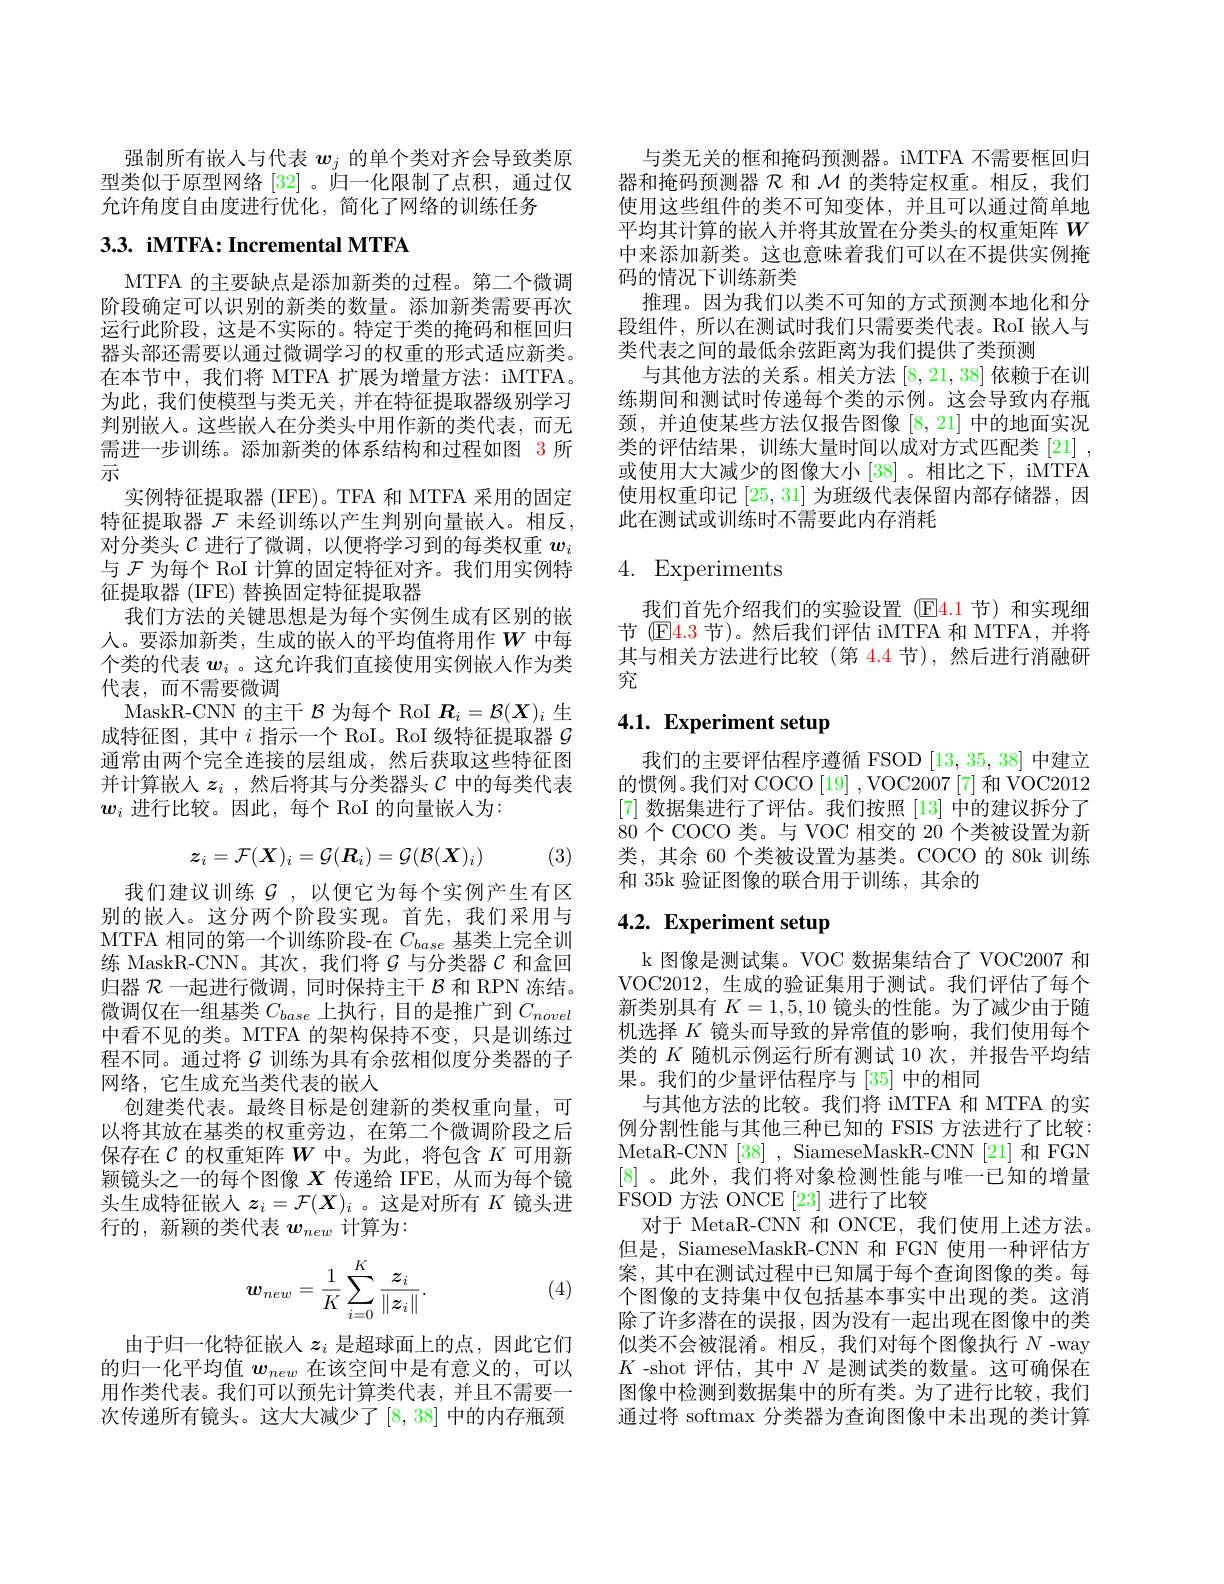
强制所有嵌入与代表$w_j$的单个类对齐会导致类原型类似于原型网络[32] 。归一化限制了点积，通过仅允许角度自由度进行优化，简化了网络的训练任务

# 3.3. iMTFA: Incremental MTFA

MTFA 的主要缺点是添加新类的过程。第二个微调阶段确定可以识别的新类的数量。添加新类需要再次运行此阶段，这是不实际的。特定于类的掩码和框回归器头部还需要以通过微调学习的权重的形式适应新类。在本节中，我们将 MTFA 扩展为增量方法：iMTFA。为此，我们使模型与类无关，并在特征提取器级别学习判别嵌人。这些嵌入在分类头中用作新的类代表，而无需进一步训练。添加新类的体系结构和过程如图 3 所示
实例特征提取器 (IFE)。TFA 和 MTFA 采用的固定特征提取器 $\mathcal{F}$ 未经训练以产生判别向量嵌人。相反， 对分类头$\mathcal{C}$进行了微调，以便将学习到的每类权重$w_i$ 与$\mathcal{F}$为每个 RoI 计算的固定特征对齐。我们用实例特征提取器 (IFE) 替换固定特征提取器
我们方法的关键思想是为每个实例生成有区别的嵌人。要添加新类，生成的嵌人的平均值将用作$W$中每个类的代表$w_i$ 。这允许我们直接使用实例嵌人作为类代表，而不需要微调
MaskR-CNN 的主干$\mathcal{B}$为每个 RoI $\boldsymbol{R}_i=\mathcal{B}(\boldsymbol{X})_i$生成特征图，其中$i$指示一个 RoI。RoI 级特征提取器$\mathcal{G}$ 通常由两个完全连接的层组成，然后获取这些特征图并计算嵌入$z_i$ ,然后将其与分类器头$\mathcal{C}$中的每类代表$\boldsymbol{w}_i$进行比较。因此，每个 RoI 的向量嵌人为：
$$\boldsymbol{z}_i=\mathcal{F}(\boldsymbol{X})_i=\mathcal{G}(\boldsymbol{R}_i)=\mathcal{G}(\mathcal{B}(\boldsymbol{X})_i)$$
(3)

我们建议训练$\mathcal{G}$,以便它为每个实例产生有区别的嵌人。这分两个阶段实现。首先，我们采用与MTFA 相同的第一个训练阶段-在$C_{base}$基类上完全训练 MaskR-CNN。其次，我们将$\mathcal{G}$与分类器$\mathcal{C}$和盒回归器$\mathcal{R}$一起进行微调，同时保持主干$\mathcal{B}$和 RPN 冻结。微调仅在一组基类$C_base$上执行，目的是推广到$C_novel$ 中看不见的类。MTFA 的架构保持不变，只是训练过程不同。通过将$\mathcal{G}$训练为具有余弦相似度分类器的子网络，它生成充当类代表的嵌人
创建类代表。最终目标是创建新的类权重向量，可以将其放在基类的权重旁边，在第二个微调阶段之后保存在$\mathcal{C}$的权重矩阵$W$中。为此，将包含$K$可用新颖镜头之一的每个图像$X$传递给 IFE,从而为每个镜头生成特征嵌人$z_i=\mathcal{F}(X)_i$ 。这是对所有$K$镜头进行的，新颖的类代表$w_{new}$计算为：
$$w_{new}=\frac{1}{K}\sum_{i=0}^{K}\frac{z_{i}}{\|z_{i}\|}.$$
(4)

由于归一化特征嵌入$z_i$是超球面上的点，因此它们的归一化平均值$w_{new}$在该空间中是有意义的，可以用作类代表。我们可以预先计算类代表，并且不需要一次传递所有镜头。这大大减少了[8,38]中的内存瓶颈

与类无关的框和掩码预测器。iMTFA 不需要框回归器和掩码预测器$\mathcal{R}$和$\mathcal{M}$的类特定权重。相反，我们使用这些组件的类不可知变体，并且可以通过简单地平均其计算的嵌人并将其放置在分类头的权重矩阵$W$ 中来添加新类。这也意味着我们可以在不提供实例掩码的情况下训练新类
推理。因为我们以类不可知的方式预测本地化和分段组件，所以在测试时我们只需要类代表。RoI 嵌入与类代表之间的最低余弦距离为我们提供了类预测
与其他方法的关系。相关方法[8,21,38]依赖于在训练期间和测试时传递每个类的示例。这会导致内存瓶颈，并迫使某些方法仅报告图像[8,21]中的地面实况类的评估结果，训练大量时间以成对方式匹配类[21] , 或使用大大减少的图像大小[38]。相比之下，iMTFA 使用权重印记[25,31]为班级代表保留内部存储器，因此在测试或训练时不需要此内存消耗

# 4. Experiments

我们首先介绍我们的实验设置 (E4.1 节)和实现细节 (E4.3 节)。然后我们评估 iMTFA 和 MTFA, 并将其与相关方法进行比较(第 4.4 节),然后进行消融研究

# 4.1. Experiment setup

我们的主要评估程序遵循 FSOD [13,35,38]中建立的惯例。我们对 COCO[19] ,VOC2007 [7] 和 VOC2012 [7]数据集进行了评估。我们按照[13]中的建议拆分了80个 COCO 类。与 VOC 相交的 20 个类被设置为新类，其余 60 个类被设置为基类。COCO 的 80k 训练和 35k 验证图像的联合用于训练，其余的

# 4.2. Experiment setup

k 图像是测试集。VOC 数据集结合了 VOC2007 和VOC2012, 生成的验证集用于测试。我们评估了每个新类别具有$K=1,5,10$镜头的性能。为了减少由于随机选择$K$镜头而导致的异常值的影响，我们使用每个类的$K$随机示例运行所有测试 10 次，并报告平均结果。我们的少量评估程序与[35]中的相同
与其他方法的比较。我们将 iMTFA 和 MTFA 的实例分割性能与其他三种已知的 FSIS 方法进行了比较： MetaR-CNN [38] , SiameseMaskR-CNN [21] 和 FGN [8] 。此外，我们将对象检测性能与唯一已知的增量FSOD 方法 ONCE [23]进行了比较
对于 MetaR-CNN 和 ONCE,我们使用上述方法。但是，SiameseMaskR-CNN 和 FGN 使用一种评估方案，其中在测试过程中已知属于每个查询图像的类。每个图像的支持集中仅包括基本事实中出现的类。这消除了许多潜在的误报，因为没有一起出现在图像中的类似类不会被混淆。相反，我们对每个图像执行$N$ -way $K$ -shot 评估，其中$N$是测试类的数量。这可确保在图像中检测到数据集中的所有类。为了进行比较，我们通过将 softmax 分类器为查询图像中未出现的类计算